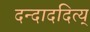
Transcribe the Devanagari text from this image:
दन्दाददित्य्